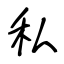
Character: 私